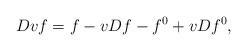
LaTeX: \begin{align*}Dvf = f - vDf - f^0 + v D f^0,\end{align*}